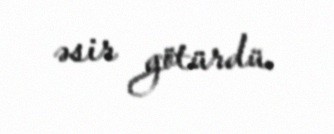
əsir götürdü.